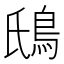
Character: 䲭